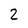
Character: 2